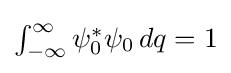
{\textstyle \int _{-\infty }^{\infty }\psi _{0}^{*}\psi _{0}\,dq=1}